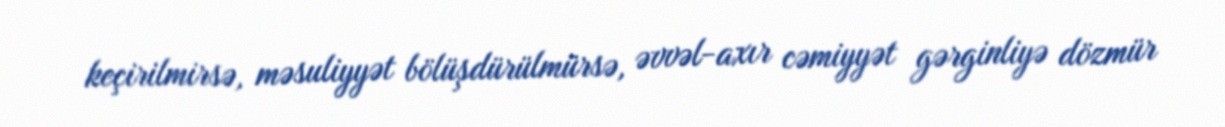
keçirilmirsə, məsuliyyət bölüşdürülmürsə, əvvəl-axır cəmiyyət gərginliyə dözmür